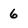
Character: 6